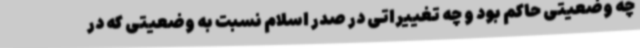
چه وضعیتی حاکم بود و چه تغییراتی در صدر اسلام نسبت به وضعیتی که در